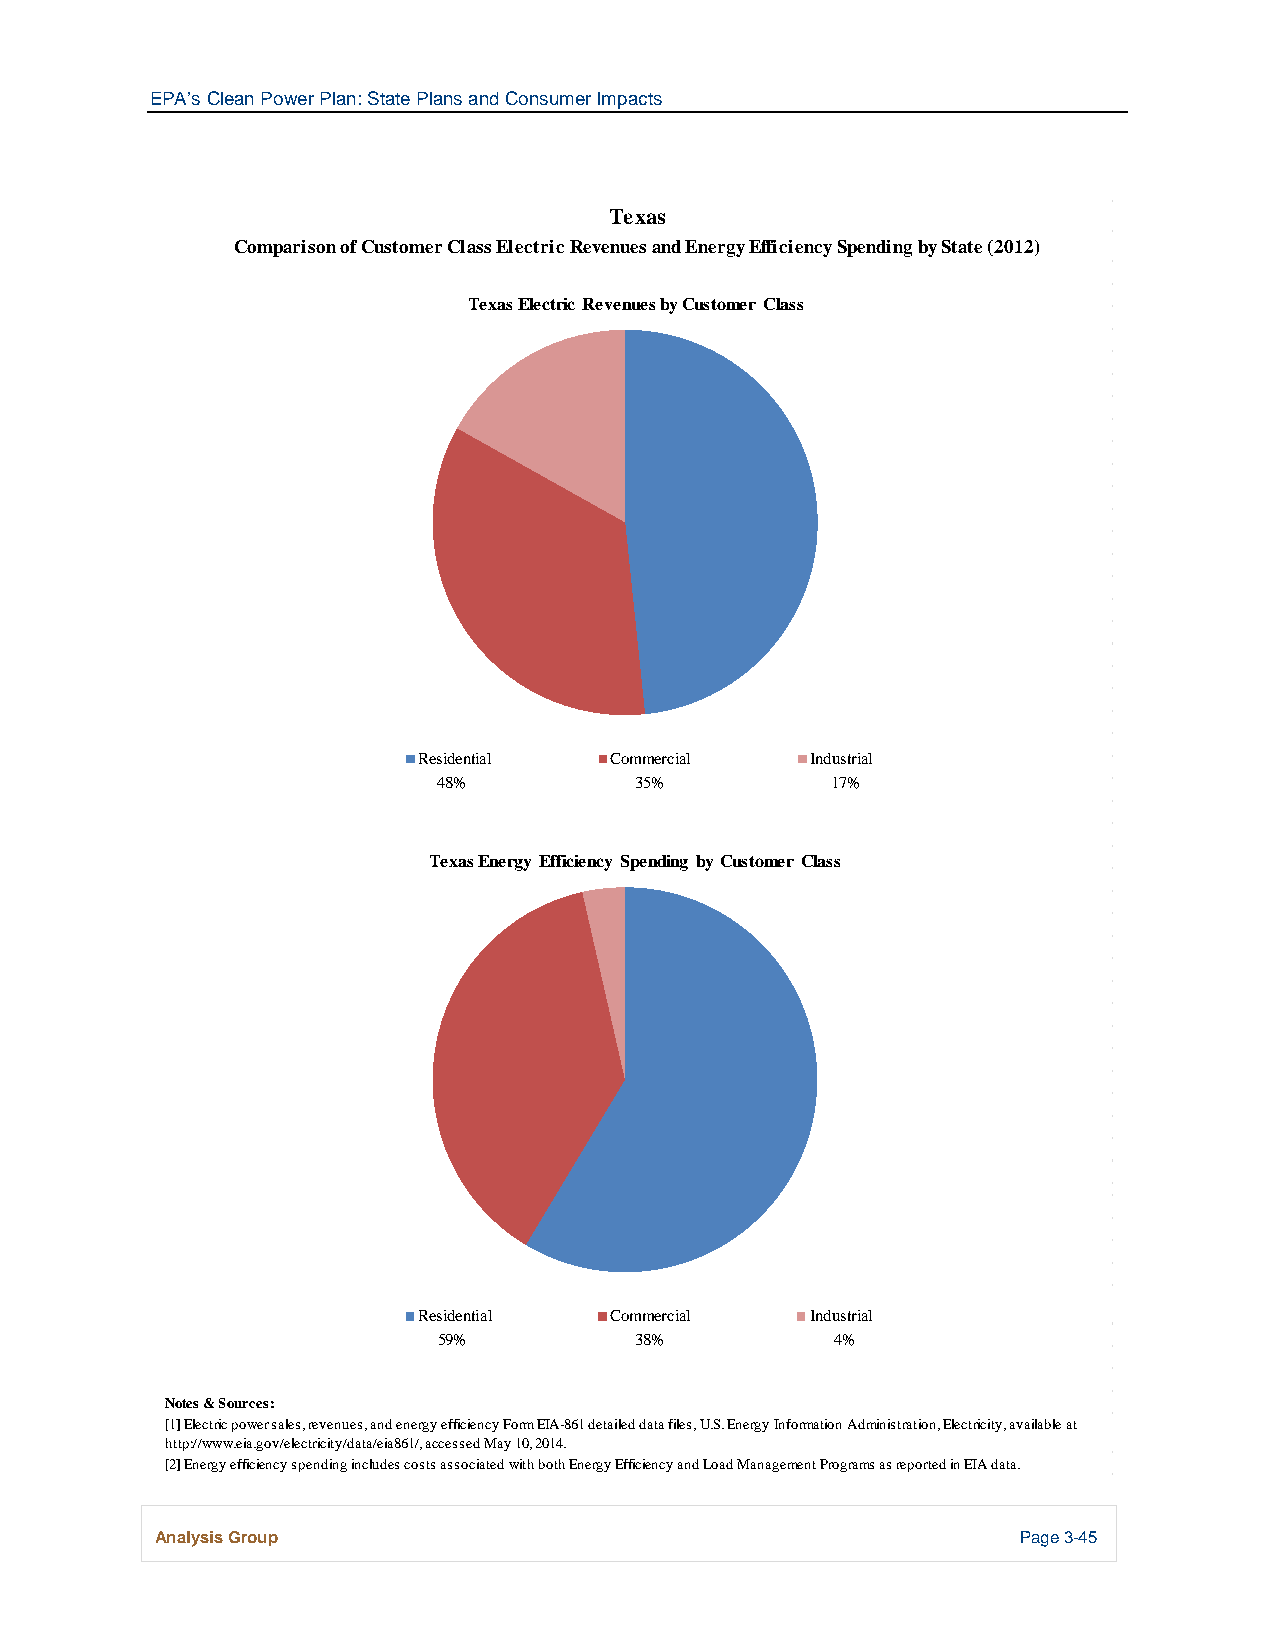
EPA’s Clean Power Plan: State Plans and Consumer Impacts
 Texas
 Comparison of Customer Class Electric Revenues and Energy Efficiency Spending by State (2012)
 Texas Electric Revenues by Customer Class
 Residential Commercial    Industrial
 48%          35%          17%
 Texas Energy Efficiency Spending by Customer Class
 Residential Commercial    Industrial
 59%          38%          4%
 Notes & Sources:
 [1] Electric power sales, revenues, and energy efficiency Form EIA-861 detailed data files, U.S. Energy Information Administration, Electricity, available at
 http://www.eia.gov/electricity/data/eia861/, accessed May 10, 2014.
 [2] Energy efficiency spending includes costs associated with both Energy Efficiency and Load Management Programs as reported in EIA data.
 Analysis Group                                            Page 3-45